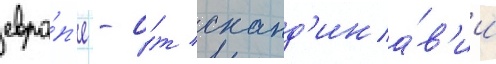
евро́п'е - о́т сканд'ина́в'ии